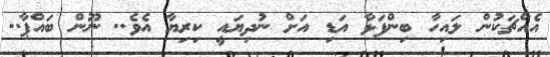
އެއްޗަކުން ލައިހާ ބިންފަޅާ އަޑި އަށް ނުދިޔައީ ކިރިޔާ އެވެ.. ނޫން ބައްޕާ..